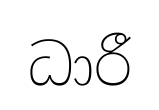
ධාරී